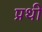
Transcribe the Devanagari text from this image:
प्रथी